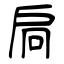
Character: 扃